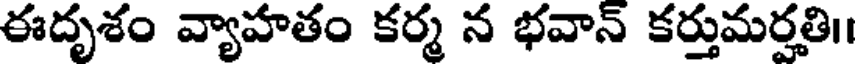
ఈదృశం వ్యాహతం కర్మ న భవాన్ కర్తుమర్హతి।।